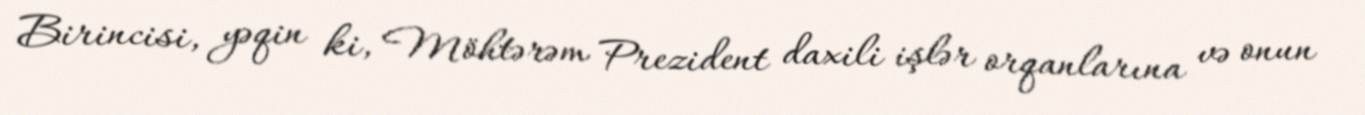
Birincisi, yəqin ki, Möhtərəm Prezident daxili işlər orqanlarına və onun